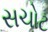
સચોટ